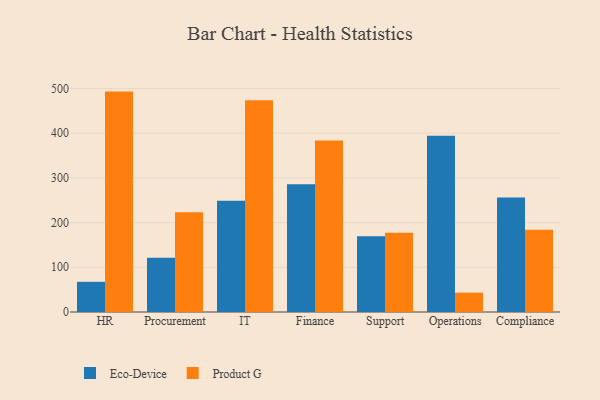
{"axis": {"x": "Department", "y": "Satisfaction Score"}, "legend": ["Eco-Device", "Product G"], "data": [{"x": "HR", "y": 67.5, "type": "Eco-Device"}, {"x": "HR", "y": 493.0, "type": "Product G"}, {"x": "Procurement", "y": 121.4, "type": "Eco-Device"}, {"x": "Procurement", "y": 222.9, "type": "Product G"}, {"x": "IT", "y": 248.7, "type": "Eco-Device"}, {"x": "IT", "y": 473.7, "type": "Product G"}, {"x": "Finance", "y": 286.0, "type": "Eco-Device"}, {"x": "Finance", "y": 383.6, "type": "Product G"}, {"x": "Support", "y": 169.3, "type": "Eco-Device"}, {"x": "Support", "y": 177.1, "type": "Product G"}, {"x": "Operations", "y": 394.3, "type": "Eco-Device"}, {"x": "Operations", "y": 43.3, "type": "Product G"}, {"x": "Compliance", "y": 256.3, "type": "Eco-Device"}, {"x": "Compliance", "y": 183.9, "type": "Product G"}]}